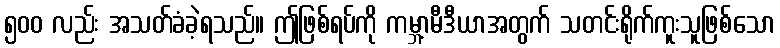
၅၀၀ လည်း အသတ်ခံခဲ့ရသည်။ ဤဖြစ်ရပ်ကို ကမ္ဘာ့မီဒီယာအတွက် သတင်းရိုက်ကူးသူဖြစ်သော